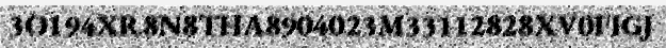
3O194XR8N8THA8904023M33112828XV0FIGJ